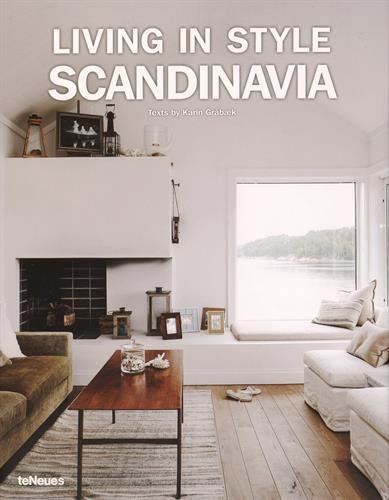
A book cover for Living in Style: Scandinavia; Karin GrÃ¥bÃ¦k Helledie; Travel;